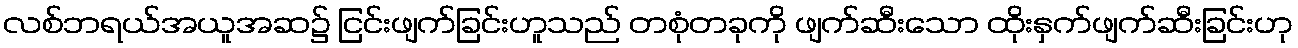
လစ်ဘရယ်အယူအဆ၌ ငြင်းဖျက်ခြင်းဟူသည် တစုံတခုကို ဖျက်ဆီးသော ထိုးနှက်ဖျက်ဆီးခြင်းဟု